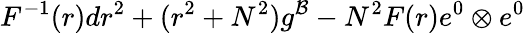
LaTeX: F^{-1}(r)dr^{2}+(r^{2}+N^{2})g^{\cal B}-N^{2}F(r)e^{0}\otimes e^{0}